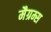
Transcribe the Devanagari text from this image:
मैग्रम्स